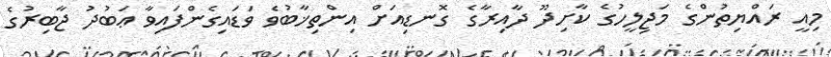
މިއީ ރައްޔިތުންގެ މަޖިލީހުގެ ކާށިދޫ ދާއިރާގެ ގޮނޑިއަށް އިންތިޚާބުވެ ވަޑައިގެންފައިވާ ޢަބުދު ޖާބިރުގެ